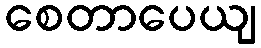
စေတာပေယျ